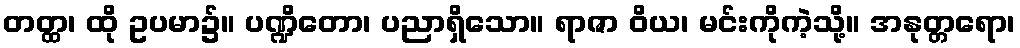
တတ္ထ၊ ထို ဥပမာ၌။ ပဏ္ဍိတော၊ ပညာရှိသော။ ရာဇာ ဝိယ၊ မင်းကိုကဲ့သို့။ အနုတ္တရော၊